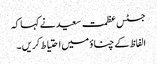
جسٹس عظمت سعید نے کہا کہ
الفاظ کے چناؤ میں احتیاط کریں ۔